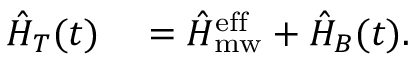
\begin{array} { r l } { \hat { H } _ { T } ( t ) } & { { } = \hat { H } _ { \mathrm { m w } } ^ { \mathrm { e f f } } + \hat { H } _ { B } ( t ) . } \end{array}